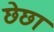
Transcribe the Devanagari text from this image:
छेछा